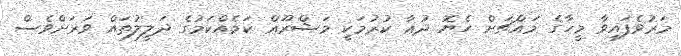
މަރުވެފައިވާ މީހާގެ މައްޗަށް ހެޔޮ ދުޢާ ކުރުމަކީ މަޝްރޫޢް ކަމެއްކަމުގެ ދަލީލުތައް ވަރަށްވެސް